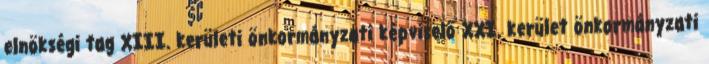
elnökségi tag XIII. kerületi önkormányzati képviselő XXI. kerület önkormányzati